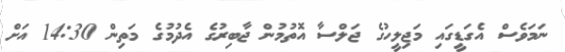
ނަމަވެސް އެގަޑީގައި މަޖިލީހުގެ ޖަލްސާ އޮތުމުން ޖާބިރުގެ އެދުމުގެ މަތިން 14:30 އަށް